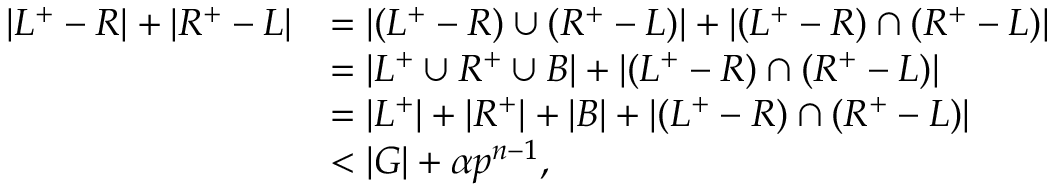
\begin{array} { r l } { \vert L ^ { + } - R \vert + \vert R ^ { + } - L \vert } & { = \vert ( L ^ { + } - R ) \cup ( R ^ { + } - L ) \vert + \vert ( L ^ { + } - R ) \cap ( R ^ { + } - L ) \vert } \\ & { = \vert L ^ { + } \cup R ^ { + } \cup B \vert + \vert ( L ^ { + } - R ) \cap ( R ^ { + } - L ) \vert } \\ & { = \vert L ^ { + } \vert + \vert R ^ { + } \vert + \vert B \vert + \vert ( L ^ { + } - R ) \cap ( R ^ { + } - L ) \vert } \\ & { < \vert G \vert + \alpha p ^ { n - 1 } , } \end{array}